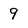
Character: 9